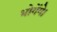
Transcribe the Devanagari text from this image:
भोगेंगे।